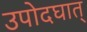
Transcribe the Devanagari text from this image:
उपोदघात्‌